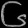
Digit: ၆